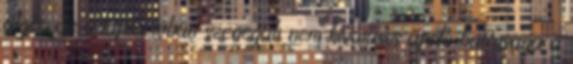
algér, az adaptációban szenegáli nem hivatásos ápoló barátsága a